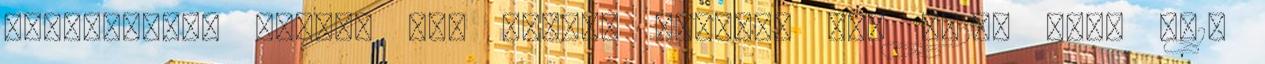
válogathat. Minden nap nyitva tartunk H-P 9-20, Sz-V 9-18